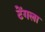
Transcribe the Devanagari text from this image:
टेंगला